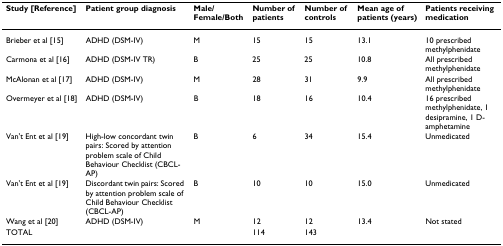
| Study [Reference] | Patient group diagnosis | Male/Female/Both | Number of patients | Number of controls | Mean age of patients (years) | Patients receiving medication |
 | --- | --- | --- | --- | --- | --- | --- |
 | Brieber et al [15] | ADHD (DSM-IV) | M | 15 | 15 | 13.1 | 10 prescribed methylphenidate |
 | Carmona et al [16] | ADHD (DSM-IV TR) | B | 25 | 25 | 10.8 | All prescribed methylphenidate |
 | McAlonan et al [17] | ADHD (DSM-IV) | M | 28 | 31 | 9.9 | All prescribed methylphenidate |
 | Overmeyer et al [18] | ADHD (DSM-IV) | B | 18 | 16 | 10.4 | 16 prescribed methylphenidate, 1 desipramine, 1 D-amphetamine |
 | Van't Ent et al [19] | High-low concordant twin pairs: Scored by attention problem scale of Child Behaviour Checklist (CBCL-AP) | B | 6 | 34 | 15.4 | Unmedicated |
 | Van't Ent et al [19] | Discordant twin pairs: Scored by attention problem scale of Child Behaviour Checklist (CBCL-AP) | B | 10 | 10 | 15.0 | Unmedicated |
 | Wang et al [20] | ADHD (DSM-IV) | M | 12 | 12 | 13.4 | Not stated |
 | TOTAL |  |  | 114 | 143 |  |  |